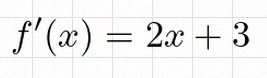
f'(x)=2x+3